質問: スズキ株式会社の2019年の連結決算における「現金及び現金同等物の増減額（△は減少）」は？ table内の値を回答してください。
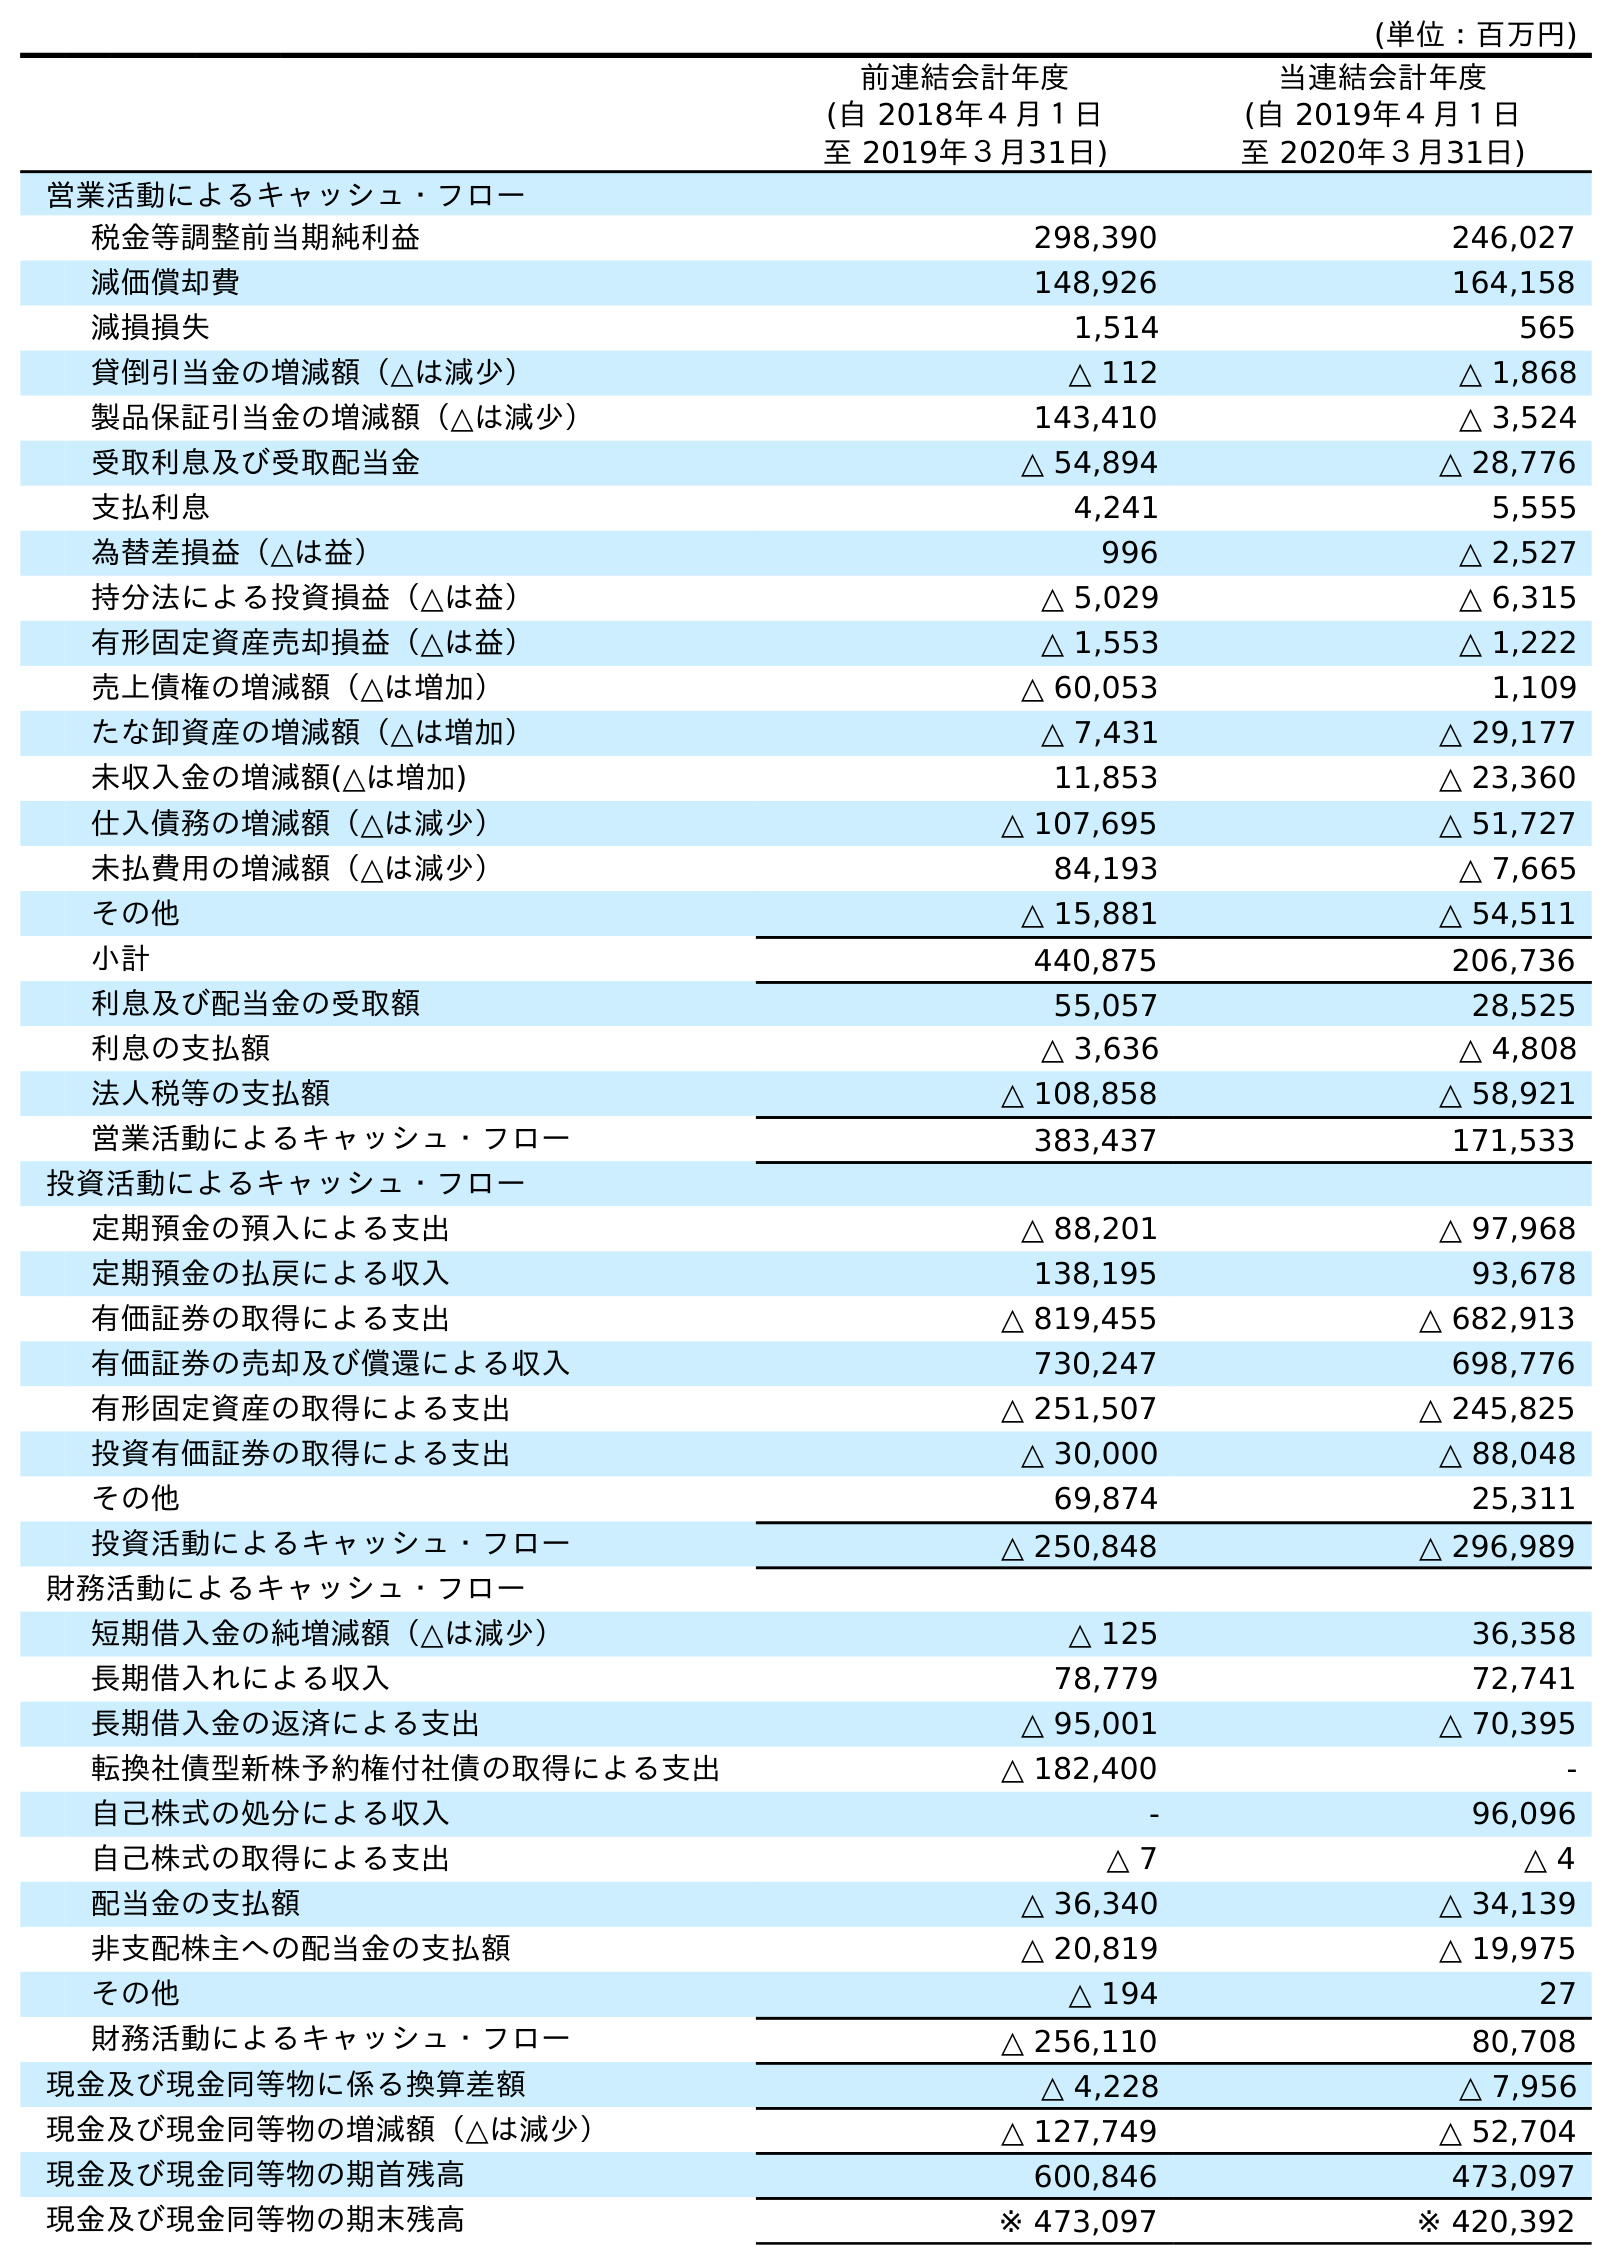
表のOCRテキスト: (単位：百万円) 前連結会計年度 (自 2018年４月１日 至 2019年３月31日) 当連結会計年度 (自 2019年４月１日 至 2020年３月31日) 営業活動によるキャッシュ・フロー 税金等調整前当期純利益 298,390 246,027 減価償却費 148,926 164,158 減損損失 1,514 565 貸倒引当金の増減額（△は減少） △ 112 △ 1,868 製品保証引当金の増減額（△は減少） 143,410 △ 3,524 受取利息及び受取配当金 △ 54,894 △ 28,776 支払利息 4,241 5,555 為替差損益（△は益） 996 △ 2,527 持分法による投資損益（△は益） △ 5,029 △ 6,315 有形固定資産売却損益（△は益） △ 1,553 △ 1,222 売上債権の増減額（△は増加） △ 60,053 1,109 たな卸資産の増減額（△は増加） △ 7,431 △ 29,177 未収入金の増減額(△は増加) 11,853 △ 23,360 仕入債務の増減額（△は減少） △ 107,695 △ 51,727 未払費用の増減額（△は減少） 84,193 △ 7,665 その他 △ 15,881 △ 54,511 小計 440,875 206,736 利息及び配当金の受取額 55,057 28,525 利息の支払額 △ 3,636 △ 4,808 法人税等の支払額 △ 108,858 △ 58,921 営業活動によるキャッシュ・フロー 383,437 171,533 投資活動によるキャッシュ・フロー 定期預金の預入による支出 △ 88,201 △ 97,968 定期預金の払戻による収入 138,195 93,678 有価証券の取得による支出 △ 819,455 △ 682,913 有価証券の売却及び償還による収入 730,247 698,776 有形固定資産の取得による支出 △ 251,507 △ 245,825 投資有価証券の取得による支出 △ 30,000 △ 88,048 その他 69,874 25,311 投資活動によるキャッシュ・フロー △ 250,848 △ 296,989 財務活動によるキャッシュ・フロー 短期借入金の純増減額（△は減少） △ 125 36,358 長期借入れによる収入 78,779 72,741 長期借入金の返済による支出 △ 95,001 △ 70,395 転換社債型新株予約権付社債の取得による支出 △ 182,400 - 自己株式の処分による収入 - 96,096 自己株式の取得による支出 △ 7 △ 4 配当金の支払額 △ 36,340 △ 34,139 非支配株主への配当金の支払額 △ 20,819 △ 19,975 その他 △ 194 27 財務活動によるキャッシュ・フロー △ 256,110 80,708 現金及び現金同等物に係る換算差額 △ 4,228 △ 7,956 現金及び現金同等物の増減額（△は減少） △ 127,749 △ 52,704 現金及び現金同等物の期首残高 600,846 473,097 現金及び現金同等物の期末残高 ※ 473,097 ※ 420,392
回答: △127,749